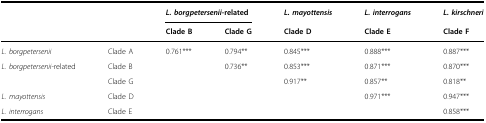
<table><thead><tr><td></td><td></td><td colspan="2"><b><i>L. borgpetersenii</i>-related</b></td><td><b><i>L. mayottensis</i></b></td><td><b><i>L. interrogans</i></b></td><td><b><i>L. kirschneri</i></b></td></tr><tr><td></td><td></td><td><b>Clade B</b></td><td><b>Clade G</b></td><td><b>Clade D</b></td><td><b>Clade E</b></td><td><b>Clade F</b></td></tr></thead><tbody><tr><td><i>L. borgpetersenii</i></td><td>Clade A</td><td>0.761***</td><td>0.794**</td><td>0.845***</td><td>0.888***</td><td>0.887***</td></tr><tr><td><i>L. borgpetersenii</i>-related</td><td>Clade B</td><td></td><td>0.736**</td><td>0.853***</td><td>0.871***</td><td>0.870***</td></tr><tr><td></td><td>Clade G</td><td></td><td></td><td>0.917**</td><td>0.857**</td><td>0.818**</td></tr><tr><td><i>L. mayottensis</i></td><td>Clade D</td><td></td><td></td><td></td><td>0.971***</td><td>0.947***</td></tr><tr><td><i>L. interrogans</i></td><td>Clade E</td><td></td><td></td><td></td><td></td><td>0.858***</td></tr></tbody></table>